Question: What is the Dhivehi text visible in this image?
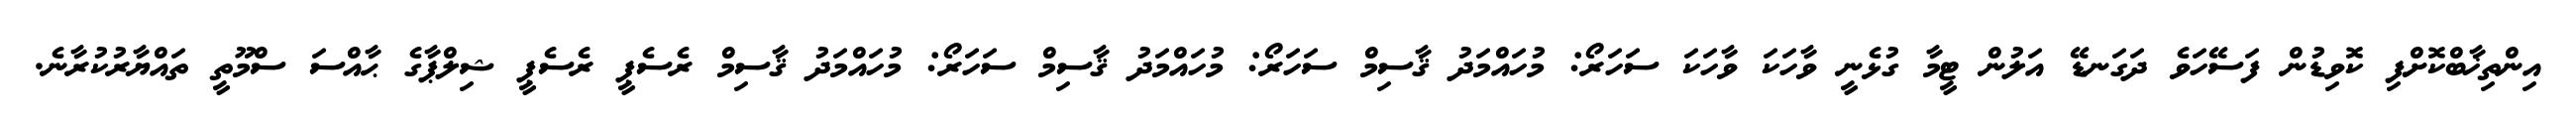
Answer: އިންތިޚާބްކޮށްފި ކޮވިޑުން ފަސޭހަވެ ދަގަނޑޭ އަލުން ޓީމާ ގުޅެނީ ވާހަކަ ވާހަކަ ސަހަރޯ: މުހައްމަދު ޤާސިމް ސަހަރޯ: މުހައްމަދު ޤާސިމް ސަހަރޯ: މުހައްމަދު ޤާސިމް ރެސެޕީ ރެސެޕީ ޝިލްޕާގެ ޙާއްސަ ސްމޫތީ ތައްޔާރުކުރާނެ.